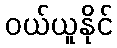
ဝယ်ယူနိုင်